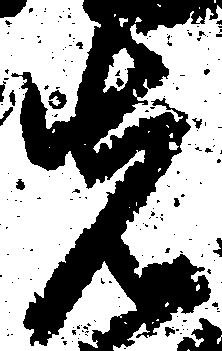
先